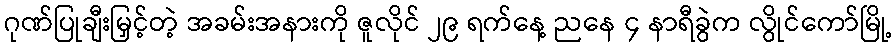
ဂုဏ်ပြုချီးမြှင့်တဲ့ အခမ်းအနားကို ဇူလိုင် ၂၉ ရက်နေ့ ညနေ ၄ နာရီခွဲက လွိုင်ကော်မြို့